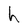
Character: h